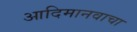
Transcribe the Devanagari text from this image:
आदिमानवाचा